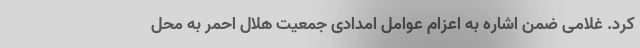
کرد. غلامی ضمن اشاره به اعزام عوامل امدادی جمعیت هلال احمر به محل